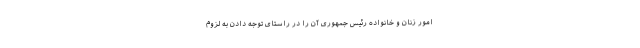
امور زنان و خانواده رئیس جمهوری آن را در راستای توجه دادن به لزوم